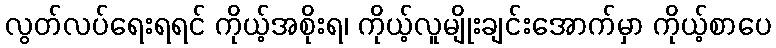
လွတ်လပ်ရေးရရင် ကိုယ့်အစိုးရ၊ ကိုယ့်လူမျိုးချင်းအောက်မှာ ကိုယ့်စာပေ